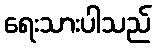
ရေးသားပါသည်